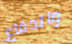
والدفاع